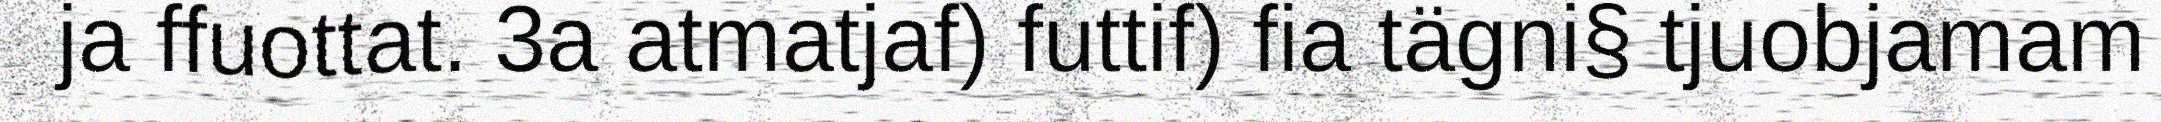
ja ffuottat. 3a atmatjaf) futtif) fia tägni§ tjuobjamam